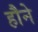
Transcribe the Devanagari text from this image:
हौने